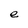
Character: e